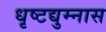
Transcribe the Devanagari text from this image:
धृष्टद्युम्नास